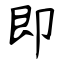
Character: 即